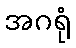
အဂရုံ